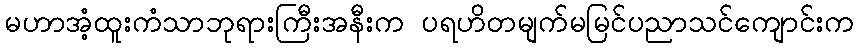
မဟာအံ့ထူးကံသာဘုရားကြီးအနီးက ပရဟိတမျက်မမြင်ပညာသင်ကျောင်းက